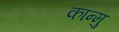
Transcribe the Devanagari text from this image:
कान्मु